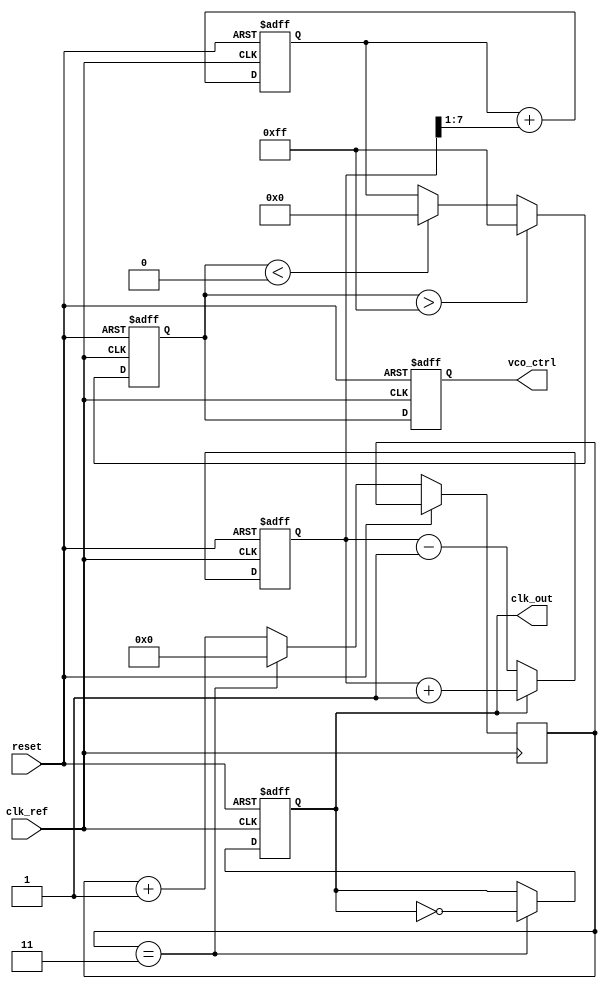
module low_jitter_pll (
    input wire clk_ref,          // Reference clock input
    input wire reset,           // Reset signal
    output reg clk_out,         // Output clock signal
    output reg [7:0] vco_ctrl   // Control voltage for VCO (simplified)
);

// Parameters
parameter VCO_MAX_FREQ = 8'd255; // Maximum VCO frequency control value
parameter VCO_MIN_FREQ = 8'd0;    // Minimum VCO frequency control value
parameter DIV_FACTOR = 4;          // Frequency divider factor

// Internal signals
reg [7:0] phase_error;            // Phase error signal
reg [7:0] loop_filter_output;      // Output of the loop filter
reg [7:0] vco_freq;                // Current VCO frequency
reg [3:0] divider_count;           // Divider counter

// Phase Detector (PD)
always @(posedge clk_ref or posedge reset) begin
    if (reset) begin
        phase_error <= 8'd0;
    end else begin
        // Simple phase detector logic (for demonstration)
        // In a real design, this would compare the phase of clk_ref and clk_out
        if (clk_out) begin
            phase_error <= phase_error + 1; // Increment phase error
        end else begin
            phase_error <= phase_error - 1; // Decrement phase error
        end
    end
end

// Loop Filter (LF)
always @(posedge clk_ref or posedge reset) begin
    if (reset) begin
        loop_filter_output <= 8'd0;
    end else begin
        // Simple first-order loop filter (for demonstration)
        loop_filter_output <= loop_filter_output + (phase_error >> 1);
    end
end

// Voltage-Controlled Oscillator (VCO)
always @(posedge clk_ref or posedge reset) begin
    if (reset) begin
        vco_freq <= VCO_MIN_FREQ;
        clk_out <= 0;
    end else begin
        // Adjust VCO frequency based on loop filter output
        vco_freq <= loop_filter_output;
        if (vco_freq > VCO_MAX_FREQ) begin
            vco_freq <= VCO_MAX_FREQ;
        end else if (vco_freq < VCO_MIN_FREQ) begin
            vco_freq <= VCO_MIN_FREQ;
        end
        
        // Generate output clock based on VCO frequency
        if (divider_count == (DIV_FACTOR - 1)) begin
            clk_out <= ~clk_out; // Toggle output clock
            divider_count <= 0;   // Reset divider count
        end else begin
            divider_count <= divider_count + 1; // Increment divider count
        end
    end
end

// Control voltage output for external use
always @(posedge clk_ref or posedge reset) begin
    if (reset) begin
        vco_ctrl <= 8'd0;
    end else begin
        vco_ctrl <= vco_freq; // Output current VCO frequency control value
    end
end

endmodule